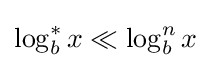
\log _{b}^{*}x\ll \log _{b}^{n}x